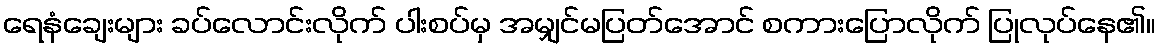
ရေနံချေးများ ခပ်လောင်းလိုက် ပါးစပ်မှ အမျှင်မပြတ်အောင် စကားပြောလိုက် ပြုလုပ်နေ၏။